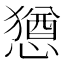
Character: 𫻆